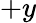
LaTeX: +y